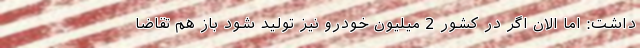
داشت: اما الان اگر در کشور 2 میلیون خودرو نیز تولید شود باز هم تقاضا